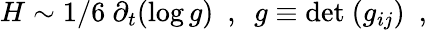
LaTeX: H\sim 1/6~\partial_{t}(\log g)~~,~~g\equiv\mathrm{det}~(g_{ij})~~,